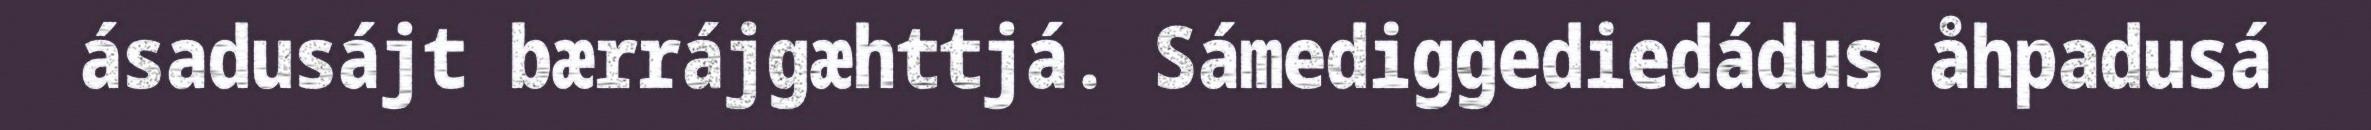
ásadusájt bærrájgæhttjá. Sámediggediedádus åhpadusá